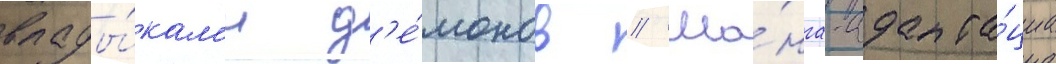
влады́кам'и д'е́монов // Ма́нга-адапта́циа